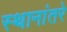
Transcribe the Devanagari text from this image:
स्थानांतरे